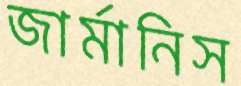
জার্মানিস